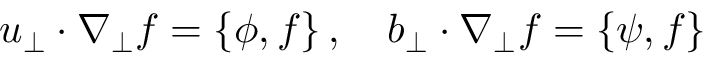
\boldsymbol { u } _ { \perp } \cdot \nabla _ { \perp } f = \left\{ \phi , f \right\} , \quad \boldsymbol { b } _ { \perp } \cdot \nabla _ { \perp } f = \left\{ \psi , f \right\}